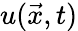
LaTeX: u(\vec{x},t)